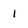
Character: 1